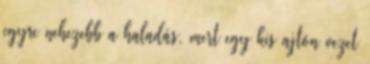
egyre nehezebb a haladás, mert egy kis ajtón vezet